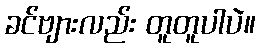
ခင်ဗျားလည်း တူတူပါပဲ။